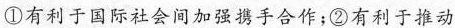
①有利于国际社会间加强携手合作；②有利于推动